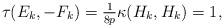
LaTeX: \begin{align*}\tau(E_k,-F_k) = \tfrac{1}{8p}\kappa(H_k,H_k)=1,\end{align*}